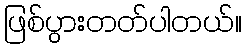
ဖြစ်ပွားတတ်ပါတယ်။